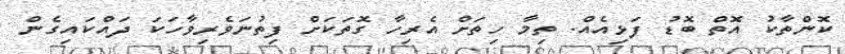
ކޮންތާކު އޮތް ބޮޑު ފަޅިއެއް. ތިމާ ހިތަށް އެރިހާ ގޮތަކަށް ފިތުނަވެރިވާހަކަ ދައްކައިގެން